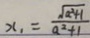
x _ { 1 } = \frac { \sqrt { a ^ { 2 } + 1 } } { a ^ { 2 } + 1 }